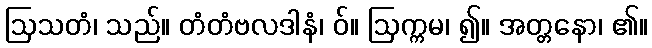
ဩသတံ၊ သည်။ တံတံဗလဒါနံ၊ ဝ်။ ဩက္ကမ၊ ၍။ အတ္တနော၊ ၏။